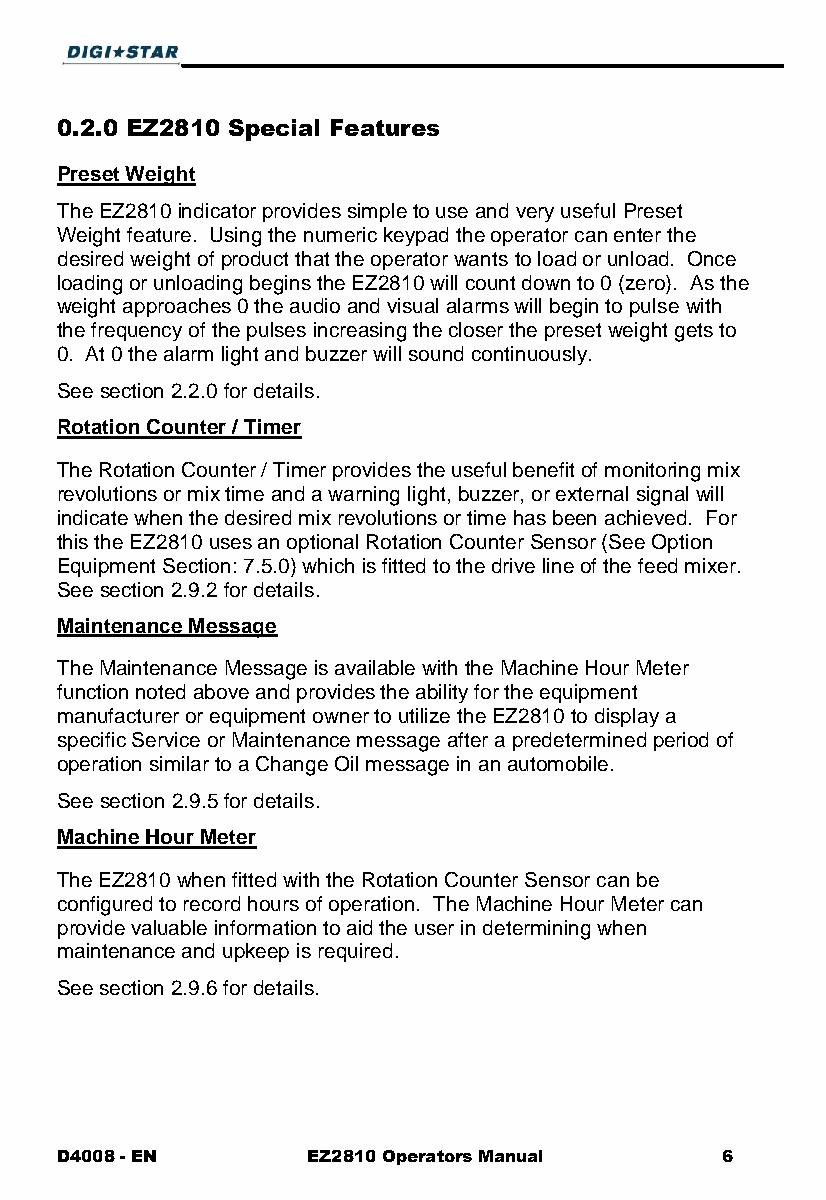
0.2.0 EZ2810 Special Features
 Preset Weight
 The EZ2810 indicator provides simple to use and very useful Preset
 Weight feature. Using the numeric keypad the operator can enter the
 desired weight of product that the operator wants to load or unload. Once
 loading or unloading begins the EZ2810 will count down to 0 (zero). As the
 weight approaches 0 the audio and visual alarms will begin to pulse with
 the frequency of the pulses increasing the closer the preset weight gets to
 0. At 0 the alarm light and buzzer will sound continuously.
 See section 2.2.0 for details.
 Rotation Counter / Timer
 The Rotation Counter / Timer provides the useful benefit of monitoring mix
 revolutions or mix time and a warning light, buzzer, or external signal will
 indicate when the desired mix revolutions or time has been achieved. For
 this the EZ2810 uses an optional Rotation Counter Sensor (See Option
 Equipment Section: 7.5.0) which is fitted to the drive line of the feed mixer.
 See section 2.9.2 for details.
 Maintenance Message
 The Maintenance Message is available with the Machine Hour Meter
 function noted above and provides the ability for the equipment
 manufacturer or equipment owner to utilize the EZ2810 to display a
 specific Service or Maintenance message after a predetermined period of
 operation similar to a Change Oil message in an automobile.
 See section 2.9.5 for details.
 Machine Hour Meter
 The EZ2810 when fitted with the Rotation Counter Sensor can be
 configured to record hours of operation. The Machine Hour Meter can
 provide valuable information to aid the user in determining when
 maintenance and upkeep is required.
 See section 2.9.6 for details.
 D4008 - EN      EZ2810 Operators Manual     6